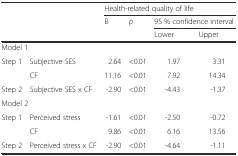
<table><thead><tr><td rowspan="3" colspan="2"></td><td colspan="4"><b>Health-related quality of life</b></td></tr><tr><td rowspan="2"><b>B</b></td><td rowspan="2"><b><i>p</i></b></td><td colspan="2"><b>95 % confidence interval</b></td></tr><tr><td><b>Lower</b></td><td><b>Upper</b></td></tr></thead><tbody><tr><td colspan="6">Model 1</td></tr><tr><td rowspan="2">Step 1</td><td>Subjective SES</td><td>2.64</td><td>&lt;0.01</td><td>1.97</td><td>3.31</td></tr><tr><td>CF</td><td>11.16</td><td>&lt;0.01</td><td>7.92</td><td>14.34</td></tr><tr><td>Step 2</td><td>Subjective SES x CF</td><td>-2.90</td><td>&lt;0.01</td><td>-4.43</td><td>-1.37</td></tr><tr><td colspan="6">Model 2</td></tr><tr><td rowspan="2">Step 1</td><td>Perceived stress</td><td>-1.61</td><td>&lt;0.01</td><td>-2.50</td><td>-0.72</td></tr><tr><td>CF</td><td>9.86</td><td>&lt;0.01</td><td>6.16</td><td>13.56</td></tr><tr><td>Step 2</td><td>Perceived stress x CF</td><td>-2.90</td><td>&lt;0.01</td><td>-4.64</td><td>-1.11</td></tr></tbody></table>